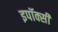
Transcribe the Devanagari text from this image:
इपॉक्सी